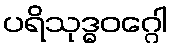
ပရိသုဒ္ဓဝဂ္ဂေါ